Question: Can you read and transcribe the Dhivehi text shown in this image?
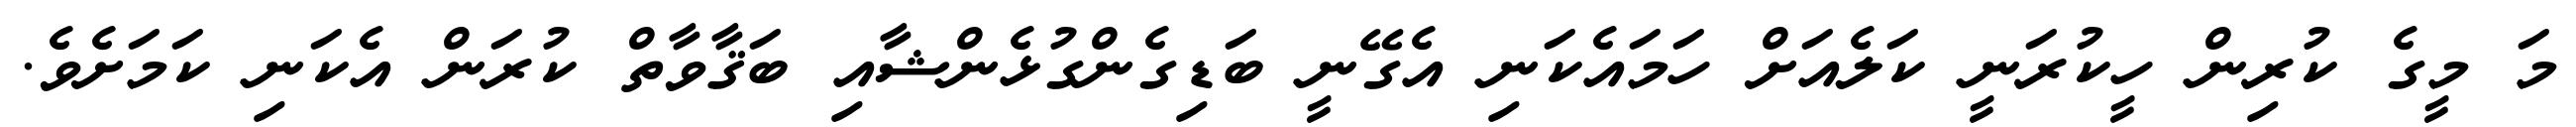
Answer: މަ މީގެ ކުރިން ހީކުރަނީ ކަލެއަށް ހަމައެކަނި އެގޭނީ ބަޑިގެންގުޅެންޝާއި ބަޤާވާތް ކުރަން އެކަނި ކަމަށެވެ.